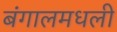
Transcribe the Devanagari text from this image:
बंगालमधली